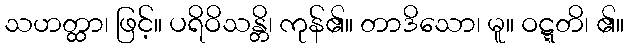
သဟတ္ထာ၊ ဖြင့်။ ပရိဝိသန္တိ၊ ကုန်၏။ တာဒိသော၊ မူ။ ဝဋ္ဋတိ၊ ၏။